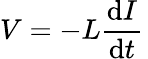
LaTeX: V=-L{\frac{\mathrm{d}I}{\mathrm{d}t}}\,